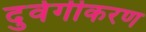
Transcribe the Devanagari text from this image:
दुर्वर्गीकरण